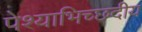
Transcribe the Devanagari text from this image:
पेश्याभिच्छदीय